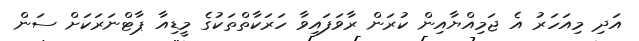
އަދި މިއަހަރު އެ ޖަމިއްޔާއިން ކުރަން ރާވަފައިވާ ހަރަކާތްތަކުގެ މީޑިއާ ޕާޓްނަރަކަށް ސަން